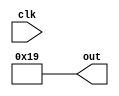
module FSM_Pause (clk, out);
	input clk;
	output[4:0] out;

reg[24:0] counter;
reg[24:0] clkDivider = 10000000;

always @(posedge clk)
	if(counter == clkDivider)
		counter <= 1;
	else counter <= counter + 1;

reg[6:0] state;

always @(posedge clk)
	if(counter == 1)
		state <= state + 1;

reg[4:0] out;

always @(state)
	case(state)
		default: out = 25;
	endcase

endmodule